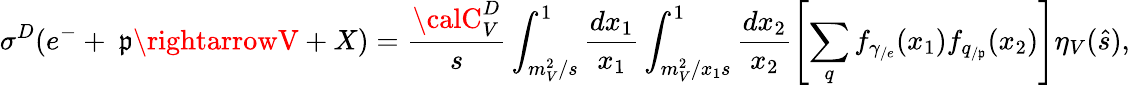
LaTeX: \sigma^{D}(e^{-}+~\mathfrak{p}\rightarrowV+X)=\frac{{{\calC}_{V}^{D}}}{{s}}\int_{m_{V}^{2}/s}^{1}\frac{{dx_{1}}}{{x_{1}}}\int_{m_{V}^{2}/x_{1}s}^{1}\frac{{dx_{2}}}{{x_{2}}}\left[\sum_{q}f_{\gamma_{/e}}(x_{1})f_{q_{/\mathfrak{p}}}(x_{2})\right]\eta_{V}(\hat{{s}}),